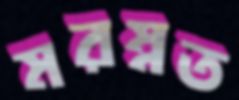
মরম্নত